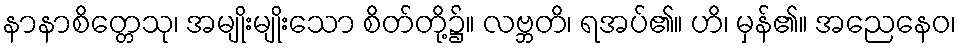
နာနာစိတ္တေသု၊ အမျိုးမျိုးသော စိတ်တို့၌။ လဗ္ဘတိ၊ ရအပ်၏။ ဟိ၊ မှန်၏။ အညေနေဝ၊